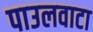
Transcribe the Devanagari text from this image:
पाउलवाटा